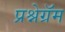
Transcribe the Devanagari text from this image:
प्रश्नेग्रॅम